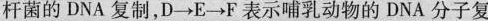
杆菌的DNA复制，D\rightarrow E\rightarrow F表示哺乳动物的DNA分子复